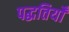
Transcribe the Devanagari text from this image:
पद्धतियोँ